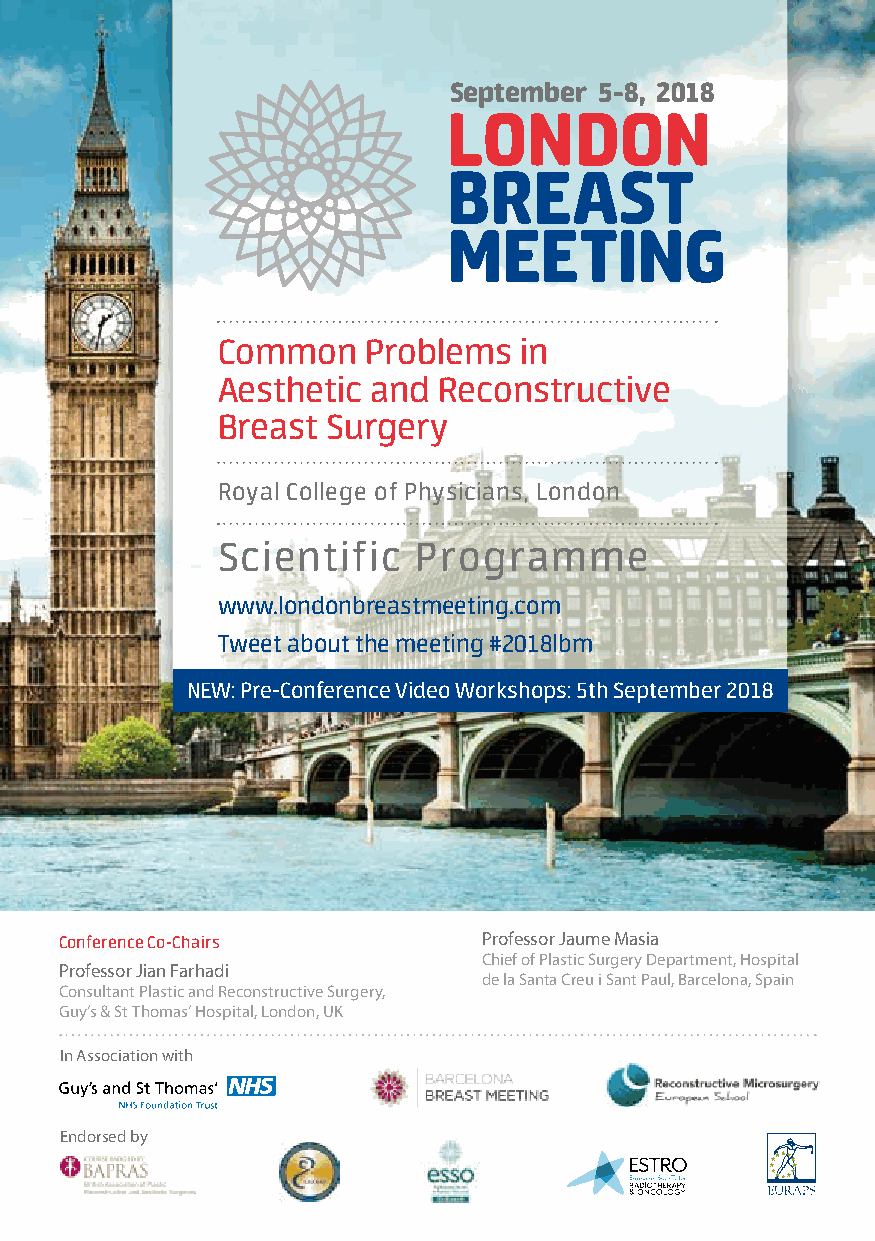
September 5-8, 2018
 Common    Problems  in
 Aesthetic  and Reconstructive
 Breast  Surgery
 Royal College of Physicians, London
 Scientific   Programme
 www.londonbreastmeeting.com
 Tweet about the meeting #2018lbm
 NEW: Pre-Conference Video Workshops: 5th September 2018
 Conference Co-Chairs        Professor Jaume Masia
 Chief of Plastic Surgery Department, Hospital
 Professor Jian Farhadi
 de la Santa Creu i Sant Paul, Barcelona, Spain
 Consultant Plastic and Reconstructive Surgery,
 Guy‘s & St Thomas‘ Hospital, London, UK
 In Association with
 Endorsed by